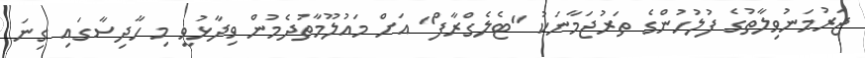
ޖަރުމަނުވިލާތުގެ ފުލުހުންގެ ތަރުޖަމާނަކު "ޓެލެގްރާފް" އަށް މައުލޫމާތުދެމުން ވިދާޅުވީ މި ހާދިސާގައި ގިނަ